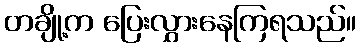
တချို့က ပြေးလွှားနေကြရသည်။